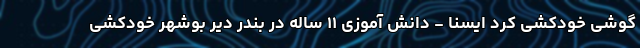
گوشی خودکشی کرد ایسنا - دانش آموزی ۱۱ ساله در بندر دیّر بوشهر خودکشی